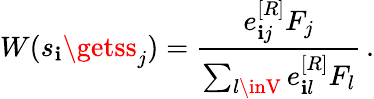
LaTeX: W(s_{\mathbf{i}}\getss_{j})=\frac{{e_{\mathbf{i}j}^{[R]}F_{j}}}{{\sum_{l\inV}e_{\mathbf{i}l}^{[R]}F_{l}}}\, .